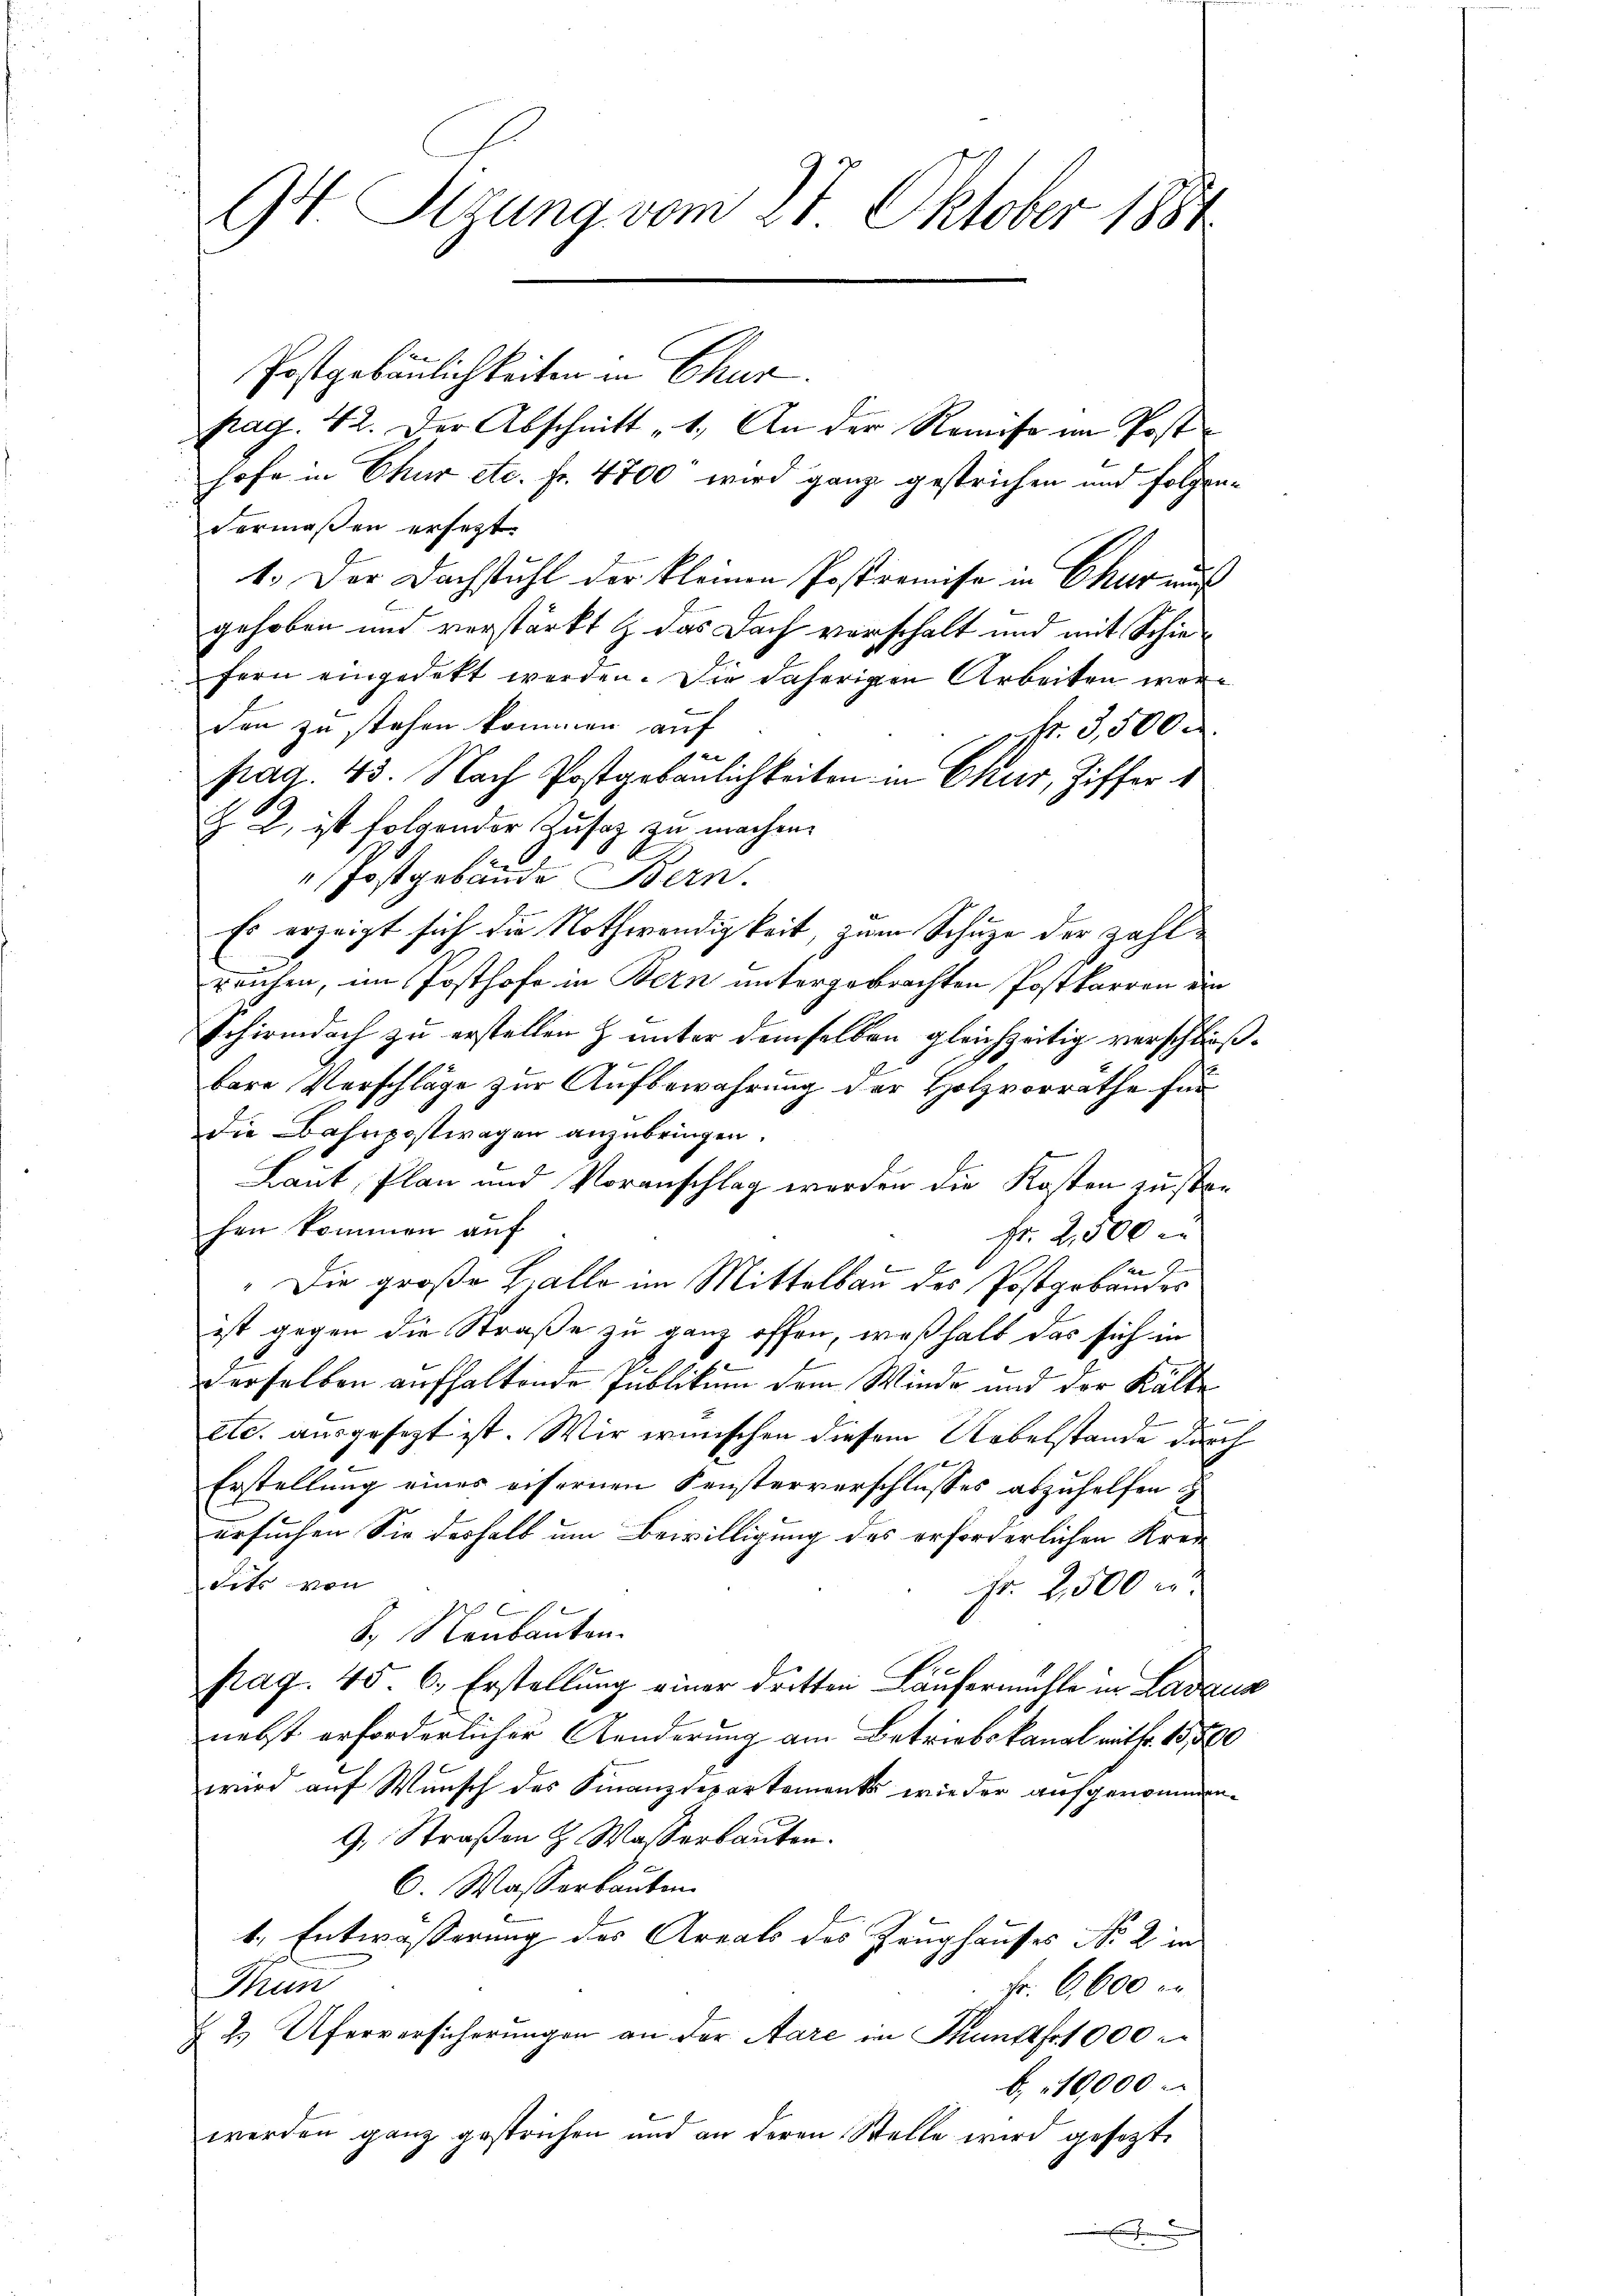
94. Tigung vom 27. Oktober 1884

Postgebäulichkeiten in Chur.
pag. 42. Der Abschnitt 1. An der Remise im Posthofe in Chur etc. fr. 4800 wird ganz gestrichen und folgendermaßen ersetzt.
1. Der Dachstuhl der kleinen Postremise in Chur aus
gehoben und verstärkt & das Doch verschalt und mit Schiefern eingedekt werden. Die daherigen Arbeiten wäre
den zu stehen kommen auf
fr. 3,500.
e
pag. 43. Nach Postgebaulichkeiten in Chur, Ziffer 1
Z , ist folgender Zusatz zu machen.
 Postgebäude Bern.
Es erzeigt sich die Nothwendigkeit, zum Schuze der zahlrauhen, im Posthofe in Bern untergebrachten Postkarren ein
Schirmdoch zu erstellen & unter demselben gleichzeitig verschließbare Vorschläge zur Aufbewahrung der Holzvorräthe für
die Bahnpostwagen anzubringen.
Baut, Plan und Voranschlag werden die Kosten zustanhen kommen auf
Fr. 2,500 in
e
2
Die große L. alle im Mittelbau des Postgabandes
ist gegen die Straße zu ganz offen, weßhalb das sich in
derselben aufhaltende Publikum dem Winde und der Kälte
e
etc. ausgesezt ist. Wir wünschen diesem Uebelstande durch
x
Erstellung eines eisernen Fensterverschlusses abzuhelfen
ersuchen Sie deshalb um Bewilligung des erforderlichen Krei
dits von
Fr. 2,500 r.
1
S. Neubauten.
pag. 456. Erstellung einer dritten Läufermühle in Ladua
nebst erforderlicher Aenderung am Betriebskanal mit fr. 15,560
wird auf Wunsch des Finanzdepartements wie der aufgenommen.
9. Straßen H. Wasserbauten.
6. Wasserbauben.
1., Entwässerung des Areals des Zeughauses No. 2 in
Fr. 6, 600 er
Prun
§ 2. Uferversicherungen an der Aare in Pundtf1 000
b. 10,000
werden ganz gestrichen und an deren Stelle wird gesetzte
i